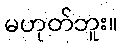
မဟုတ်ဘူး။